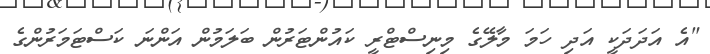
"އެ އަދަދަކީ އަދި ހަމަ މާލޭގެ މިނިސްޓްރީ ކައުންޓަރުން ބަލަމުން އަންނަ ކަސްޓަމަރުންގެ